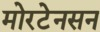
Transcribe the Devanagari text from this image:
मोरटेनसन